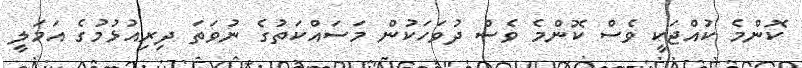
ކޮންމެ ކުއްޖަކީ ވެސް ކޮންމެ ވެސް ދުވަހަކުން މަސައްކަތުގެ ނުވަތަ ދިރިއުޅުމުގެ އަމަލީ